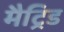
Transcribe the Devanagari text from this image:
मैट्रिड